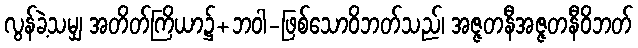
လွန်ခဲ့သမျှ အတိတ်ကြိယာ၌+ဘဝါ-ဖြစ်သောဝိဘတ်သည်၊ အဇ္ဇတနီအဇ္ဇတနီဝိဘတ်